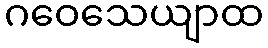
ဂဝေသေယျာထ